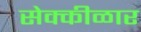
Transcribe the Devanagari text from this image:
सेक्कीळार